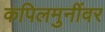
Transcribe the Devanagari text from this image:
कपिलमुनींवर